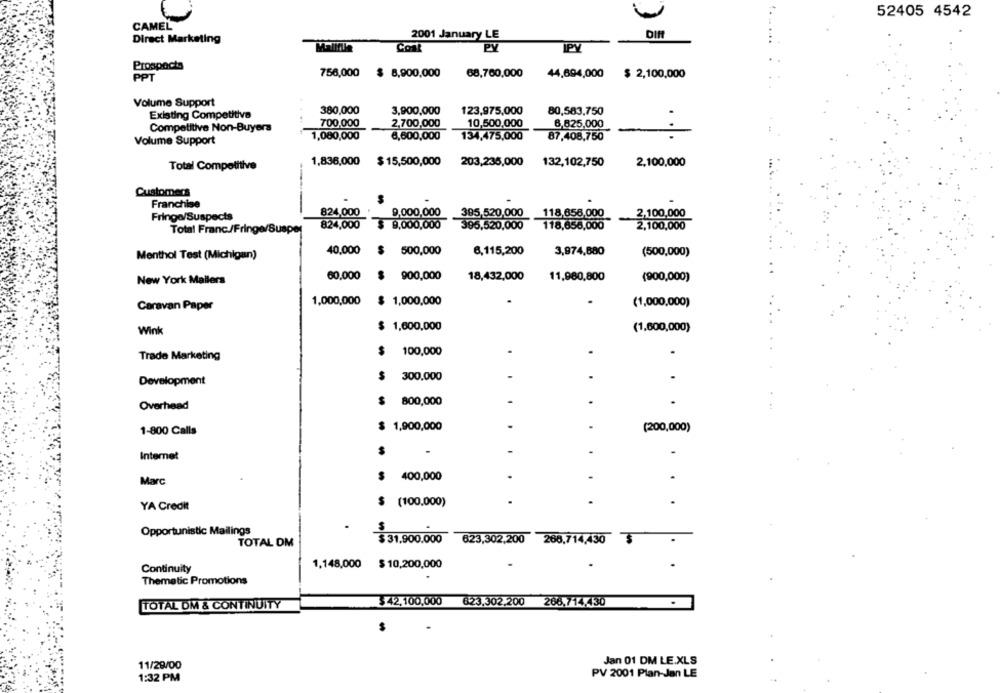
52405 4542
CAMEL
2001 January LE
DIN
Direct Marketing
Mallfile
Coat
PY
IPY
Prospects
PPT
756,000 $ 8,900,000
68,760,000
44,694,000 $ 2,100,000
Volume Support
380,000
3,900,000
123,975,000
80,583,750
Existing Competitive
700,000
2,700,000
10,500,000
6,825,000
Competitive Non-Buyers
1,080,000
6,600,000
134,475,000
87,408,750
Volume Support
Total Competitive
1,836,000 $ 15,500,000
203,235,000
132,102,750
2,100,000
Customers
Franchise
824,000
9,000,000
395,520,000 118,656,000
2,100,000
Fringe/Suspects
Total Franc./Fringe/Susper
824,000
$ 9,000,000
395,520,000
118,656,000
2,100,000
Menthol Test (Michigan)
40,000
$ 500,000
6,115,200
3,974,680
(500,000)
60,000
900,000
18,432,000
11,980,800
New York Mailers
(900,000)
1,000,000
$ 1,000,000
(1,000,000)
Caravan Paper
$ 1,600,000
Wink
(1,600,000)
$
100,000
Trade Marketing
.
.
Development
$
300,000
$
800,000
-
Overhead
1-800 Calls
$ 1,900,000
.
(200,000)
Internet
-
.
400,000
Marc
YA Credit
$ (100,000)
.
.
Opportunistic Mailings
$ 31.900.000
623,302,200 266,714,430 3
TOTAL DM
Continuity
1,148,000 $10,200,000
Thematic Promotions
$42,100,000
623.302.200 266,714,430
TOTAL OM & CONTINUITY
11/29/00
Jan 01 DM LE.XLS
1:32 PM
PV 2001 Plan-Jan LE